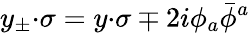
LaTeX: y_{\pm}{\cdot\sigma}=y{\cdot\sigma}\mp 2i\phi_{a}\bar{\phi}{}^{a}